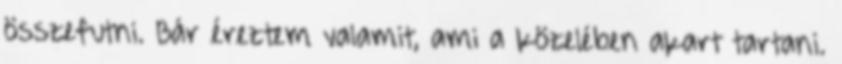
összefutni. Bár éreztem valamit, ami a közelében akart tartani.